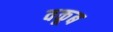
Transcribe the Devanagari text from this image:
वकूब